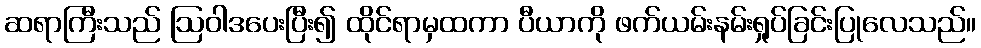
ဆရာကြီးသည် ဩဝါဒပေးပြီး၍ ထိုင်ရာမှထကာ ပီယာကို ဖက်ယမ်းနမ်းရှုပ်ခြင်းပြုလေသည်။